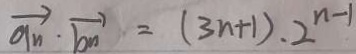
\overrightarrow { a _ { n } } \cdot \overrightarrow { b _ { n } } = ( 3 n + 1 ) \cdot 2 ^ { n - 1 }